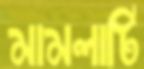
মামলাটি